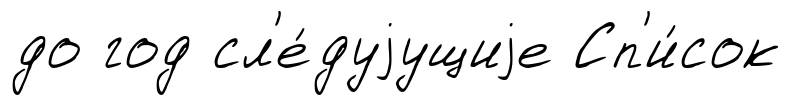
до год сл'е́дуjущиjе Сп'и́сок